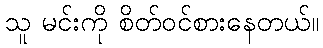
သူ မင်းကို စိတ်ဝင်စားနေတယ်။